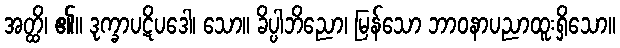
အတ္ထိ၊ ၏။ ဒုက္ခာပဋိပဒေါ၊ သော။ ခိပ္ပါဘိညော၊ မြန်သော ဘာဝနာပညာထူးရှိသော။